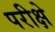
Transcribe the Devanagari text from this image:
परीक्षे